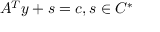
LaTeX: A ^ { T } y + s = c , s \in C ^ { * }